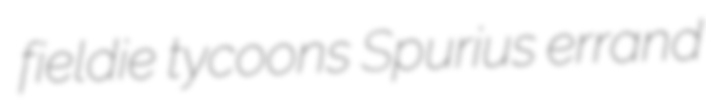
fieldie tycoons Spurius errand